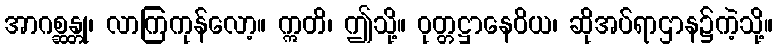
အာဂစ္ဆန္တု၊ လာကြကုန်လော့။ ဣတိ၊ ဤသို့။ ဝုတ္တဋ္ဌာနေဝိယ၊ ဆိုအပ်ရာဌာန၌ကဲ့သို့။